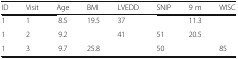
<table><thead><tr><td><b>ID</b></td><td><b>Visit</b></td><td><b>Age</b></td><td><b>BMI</b></td><td><b>LVEDD</b></td><td><b>SNIP</b></td><td><b>9 m</b></td><td><b>WISC</b></td></tr></thead><tbody><tr><td>1</td><td>1</td><td>8.5</td><td>19.5</td><td>37</td><td></td><td>11.3</td><td></td></tr><tr><td>1</td><td>2</td><td>9.2</td><td></td><td>41</td><td>51</td><td>20.5</td><td></td></tr><tr><td>1</td><td>3</td><td>9.7</td><td>25.8</td><td></td><td>50</td><td></td><td>85</td></tr></tbody></table>